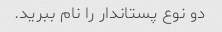
دو نوع پستاندار را نام ببرید.